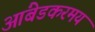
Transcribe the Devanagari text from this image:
आंबेडकरमय